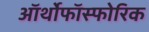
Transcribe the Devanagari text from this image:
ऑर्थोफाॅस्फोरिक